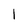
Character: 1